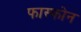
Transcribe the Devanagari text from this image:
फास्फोन